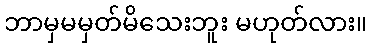
ဘာမှမမှတ်မိသေးဘူး မဟုတ်လား။